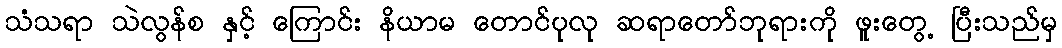
သံသရာ သဲလွန်စ နှင့် ကြောင်း နိယာမ တောင်ပုလု ဆရာတော်ဘုရားကို ဖူးတွေ့ ပြီးသည်မှ